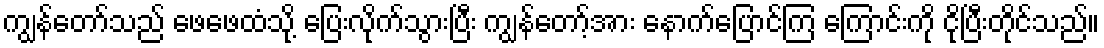
ကျွန်တော်သည် ဖေဖေထံသို့ ပြေးလိုက်သွားပြီး ကျွန်တော့်အား နောက်ပြောင်ကြ ကြောင်းကို ငိုပြီးတိုင်သည်။